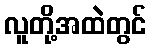
လူတို့အထဲတွင်